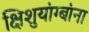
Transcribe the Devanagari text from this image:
क्षिशुयांग्बांना